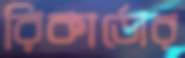
রিকার্ডোর